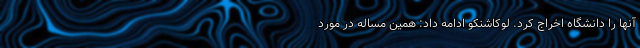
آنها را دانشگاه اخراج کرد. لوکاشنکو ادامه داد: همین مساله در مورد